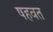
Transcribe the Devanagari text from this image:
षहवत